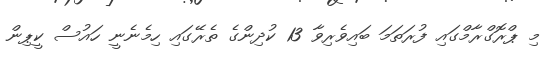
މި ޕްރޮގްރާމްގައި ފުރަތަމަ ބައިވެރިވާ 13 ކުދިންގެ ތެރޭގައި ހިމެނެނީ ހައުސް ކީޕިން